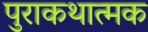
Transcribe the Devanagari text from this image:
पुराकथात्मक